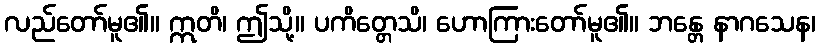
လည်တော်မူ၏။ ဣတိ၊ ဤသို့။ ပကိတ္တေသိ၊ ဟောကြားတော်မူ၏။ ဘန္တေ နာဂသေန၊